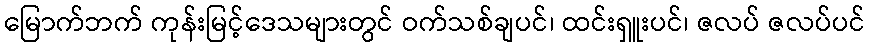
မြောက်ဘက် ကုန်းမြင့်ဒေသများတွင် ဝက်သစ်ချပင်၊ ထင်းရှူးပင်၊ ဇလပ် ဇလပ်ပင်